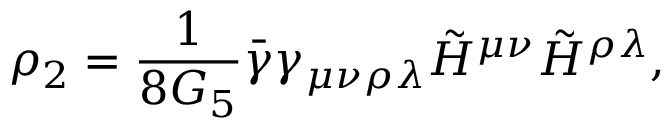
\rho _ { 2 } = \frac { 1 } { 8 G _ { 5 } } \bar { \gamma } \gamma _ { \mu \nu \rho \lambda } \tilde { \cal H } ^ { \mu \nu } \tilde { \cal H } ^ { \rho \lambda } ,